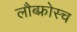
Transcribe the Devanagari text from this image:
लौब्फ्रोस्च